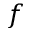
f